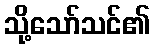
သို့သော်သင်၏